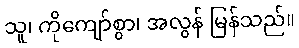
သူ၊ ကိုကျော်စွာ၊ အလွန် မြန်သည်။